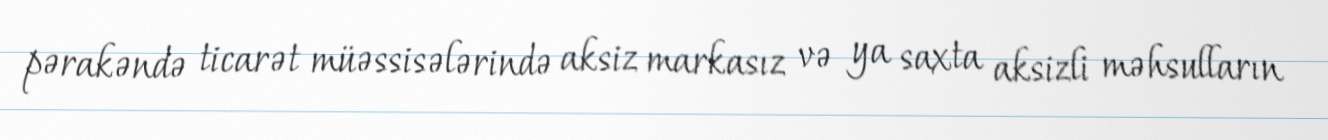
pərakəndə ticarət müəssisələrində aksiz markasız və ya saxta aksizli məhsulların